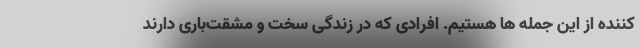
کننده از این جمله ها هستیم. افرادی که در زندگی سخت و مشقت‌باری دارند